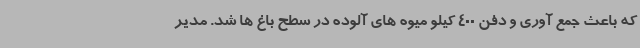
که باعث جمع آوری و دفن 400 کیلو میوه های آلوده در سطح باغ ها شد. مدیر